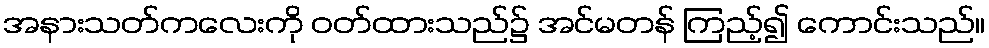
အနားသတ်ကလေးကို ဝတ်ထားသည်၌ အင်မတန် ကြည့်၍ ကောင်းသည်။